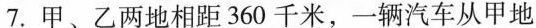
7.甲、乙两地相距360千米，一辆汽车从甲地